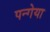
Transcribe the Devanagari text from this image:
पन्गेया